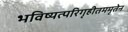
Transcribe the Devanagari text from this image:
भविष्यत्परिगृहीतममृतेन